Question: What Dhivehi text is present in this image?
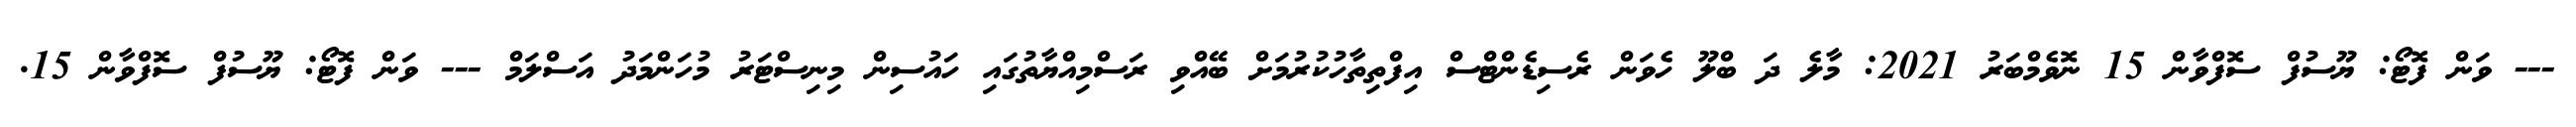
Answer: --- ވަން ފޮޓޯ: ޔޫސުފް ސޮފްވާން 15 ނޮވެމްބަރު 2021: މާލެ ދަ ބްލޫ ހެވަން ރެސިޑެންޓްސް އިފްތިތާހުކުރުމަށް ބޭއްވި ރަސްމިއްޔާތުގައި ހައުސިން މިނިސްޓަރު މުހަންމަދު އަސްލަމް --- ވަން ފޮޓޯ: ޔޫސުފް ސޮފްވާން 15.